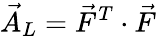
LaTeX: \vec{A}_{L}=\vec{F}^{T}\cdot\vec{F}